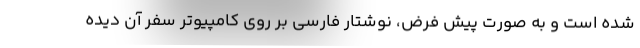
شده است و به صورت پیش فرض، نوشتار فارسی بر روی کامپیوتر سفر آن دیده